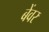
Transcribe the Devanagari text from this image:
बेंवर